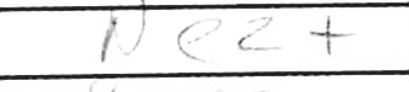
Transcription: Ne2+